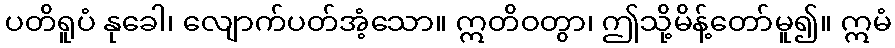
ပတိရူပံ နုခေါ၊ လျောက်ပတ်အံ့သော။ ဣတိဝတွာ၊ ဤသို့မိန့်တော်မူ၍။ ဣမံ